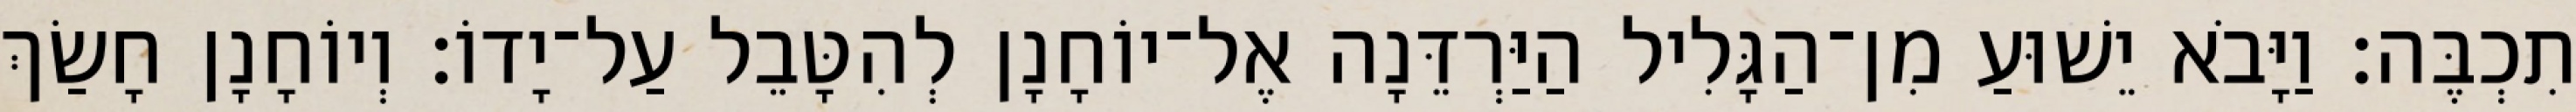
תִכְבֶּה׃ וַיָּבֹא יֵשׁוּעַ מִן־הַגָּלִיל הַיַּרְדֵּנָה אֶל־יוֹחָנָן לְהִטָּבֵל עַל־יָדוֹ׃ וְיוֹחָנָן חָשַׂךְ